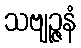
သဗျဉ္ဇနံ